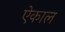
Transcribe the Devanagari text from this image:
ऐकाल